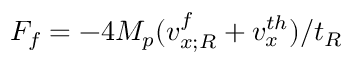
\begin{array} { r } { F _ { f } = - 4 M _ { p } ( v _ { x ; R } ^ { f } + v _ { x } ^ { t h } ) / t _ { R } } \end{array}